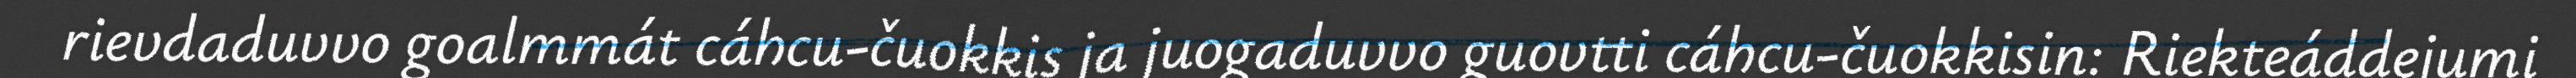
rievdaduvvo goalmmát cáhcu-čuokkis ja juogaduvvo guovtti cáhcu-čuokkisin: Riekteáddejumi